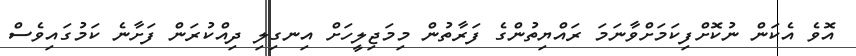
އޮވެ އެކަން ނުކޮށްފިކަމަށްވާނަމަ ރައްޔިތުންގެ ފަރާތުން މިމަޖިލީހަށް އިނގިލި ދިއްކުރަން ފަށާނެ ކަމުގައިވެސް